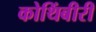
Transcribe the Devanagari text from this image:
कोथिंबीरी